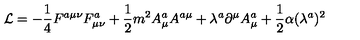
{ \cal L } = - \frac 1 4 F ^ { a \mu \nu } F _ { \mu \nu } ^ { a } + \frac 1 2 m ^ { 2 } A _ { \mu } ^ { a } A ^ { a \mu } + \lambda ^ { a } \partial ^ { \mu } A _ { \mu } ^ { a } + \frac 1 2 \alpha ( \lambda ^ { a } ) ^ { 2 }